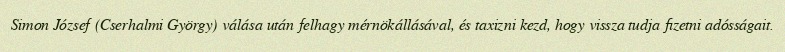
Simon József (Cserhalmi György) válása után felhagy mérnökállásával, és taxizni kezd, hogy vissza tudja fizetni adósságait.